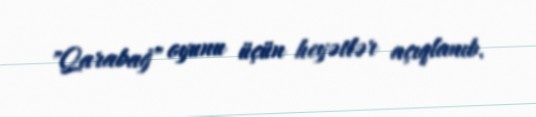
"Qarabağ" oyunu üçün heyətlər açıqlanıb.